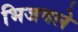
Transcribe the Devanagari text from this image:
भिजवले